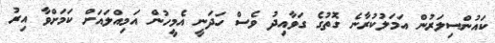
ކައުންސިލަރުން އަމަލުކުރާނެ ގޮތުގެ ގަވާއިދު ވެސް ހަދަނީ އެމީހުން އަމިއްލައަށް ކަމަށްވާ އިރު